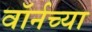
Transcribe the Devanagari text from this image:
वॉर्नच्या